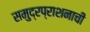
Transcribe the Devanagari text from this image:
समुद्रप्राशनाची